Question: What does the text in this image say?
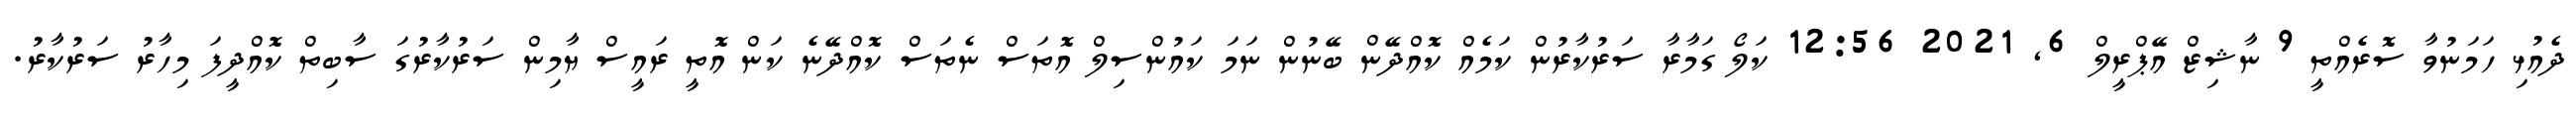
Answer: ދެއުޅި ހަމަނުވާ ސޮރެއްތީ 9 ނާޝިޒް އޭޕްރީލް 6, 2021 12:56 ކަލޯ ގަމާރާ ސަރުކާރުން ކަމެއް ކޮއްދޭން ބޭނުން ނަމަ ކައުންސިލް އޮތަސް ނެތަސް ކޮއްދޭނެ ކަން އޮތީ ރައީސް ޔާމިން ސަރުކާރުގަ ސާބިތް ކޮއްދީފަ މިހާރު ސަރުކާރު.